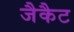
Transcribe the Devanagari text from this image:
जैकैट